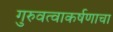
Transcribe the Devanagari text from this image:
गुरुवत्वाकर्षणाचा